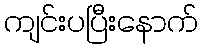
ကျင်းပပြီးနောက်